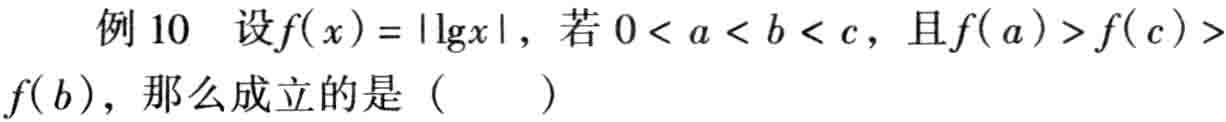
例 10 设\(f(x)=|\lg x|\)，若\(0 < a < b < c\)，且\(f(a)>f(c)>f(b)\)，那么成立的是（  ）